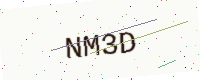
Text: NM3D